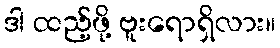
ဒါ ထည့်ဖို့ ဗူးရောရှိလား။